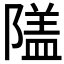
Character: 𨻹